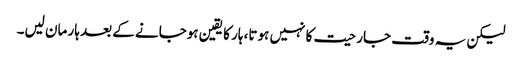
لیکن یہ وقت جارحیت کا نہیں ہوتا، ہار کا یقین ہوجانے کے بعد ہار مان لیں۔